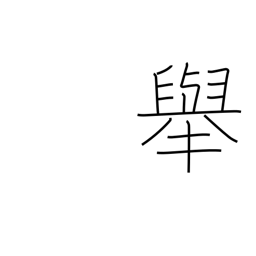
Meaning: behavior